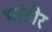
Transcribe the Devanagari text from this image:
भांडीर